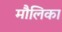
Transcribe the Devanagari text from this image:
मौलिका